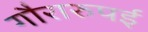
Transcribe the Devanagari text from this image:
गौरारुपई